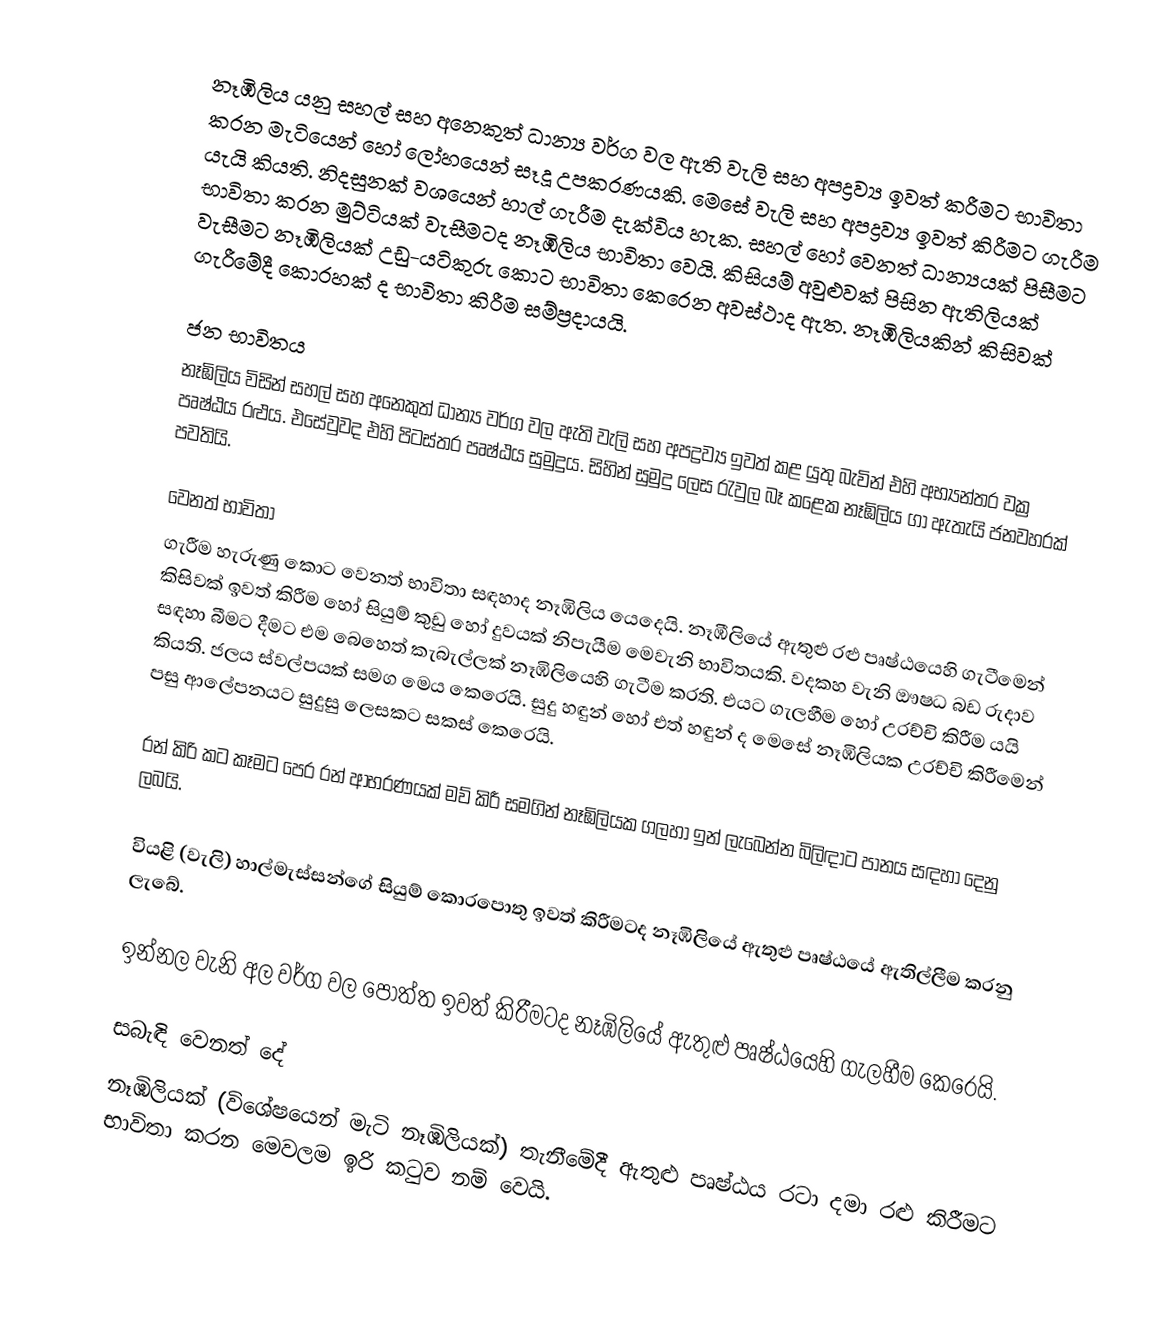
නෑඹිලිය යනු සහල් සහ අනෙකුත් ධාන්‍ය වර්ග වල ඇති වැලි සහ අපද්‍රව්‍ය ඉවත් කරීමට භාවිතා කරන මැටියෙන් හෝ ලෝහයෙන් සෑදූ උපකරණයකි. මෙසේ  වැලි සහ අපද්‍රව්‍ය ඉවත් කිරීමට ගැරීම යැයි කියති. නිදසුනක් වශයෙන් හාල් ගැරීම දැක්විය හැක. සහල් හෝ වෙනත් ධාන්‍යයක් පිසීමට භාවිතා කරන මුට්ටියක් වැසීමටද නෑඹිලිය භාවිතා වෙයි. කිසියම් අවුළුවක් පිසින ඇතිලියක් වැසීමට නෑඹිලියක් උඩු-යටිකුරු කොට භාවිතා කෙරෙන අවස්ථාද ඇත. නෑඹිලියකින් කිසිවක් ගැරීමේදී කොරහක් ද භාවිතා කිරීම සම්ප්‍රදායයි.

ජන භාවිතය
නෑඹිලිය විසින් සහල් සහ අනෙකුත් ධාන්‍ය වර්ග වල ඇති වැලි සහ අපද්‍රව්‍ය ඉවත් කළ යුතු බැවින් එහි අභ්‍යන්තර වක්‍ර පෘෂ්ඨය රළුය. එසේවුවද එහි පිටස්තර පෘෂ්ඨය සුමුදුය. සිහින් සුමුදු ලෙස රැවුල බෑ කළෙක නෑඹිලිය ගා ඇතැයි ජනවහරක් පවතියි.

වෙනත් භාවිතා
ගැරීම හැරුණු කොට වෙනත් භාවිතා සඳහාද නෑඹිලිය යෙදෙයි. නෑඹීලියේ ඇතුළු රළු පෘෂ්ඨයෙහි ගැටීමෙන් කිසිවක් ඉවත් කිරීම හෝ සියුම් කුඩු හෝ දුවයක් නිපැයීම මෙවැනි භාවිතයකි. වදකහ වැනි ඖෂධ බඩ රුදාව සඳහා බීමට දීමට එම බෙහෙත් කැබැල්ලක් නෑඹිලියෙහි ගැටීම කරති. එයට ගැලහීම හෝ උරච්චි කිරීම යයි කියති. ජලය ස්වල්පයක් සමග මෙය කෙරෙයි. සුදු හඳුන් හෝ එත් හඳුන් ද මෙසේ නෑඹිලියක උරච්චි කිරීමෙන් පසු ආලේපනයට සුදුසු ලෙසකට සකස් කෙරෙයි.

රන් කිරි කට කෑමට පෙර රන් ආභරණයක් මව් කිරී සමගින් නෑඹිලියක ගලහා ඉන් ලැබෙන්න බිලිඳාට පානය සඳහා දෙනු ලබයි.

වියළි (වැලි) හාල්මැස්සන්ගේ සියුම් කොරපොතු ඉවත් කිරීමටද නෑඹිලියේ ඇතුළු පෘෂ්ඨයේ ඇතිල්ලීම කරනු ලැබේ.

ඉන්නල වැනි අල වර්ග වල පොත්ත ඉවත් කිරීමටද නෑඹිලියේ ඇතුළු පෘෂ්ඨයෙහි ගැලහීම කෙරෙයි.

සබැඳි වෙනත් දේ
නෑඹිලියක් (විශේෂයෙන් මැටි නෑඹිලියක්) තැනීමේදී ඇතුළු පෘෂ්ඨය රටා දමා රළු කිරීමට භාවිතා කරන මෙවලම ඉරි කටුව නම් වෙයි.